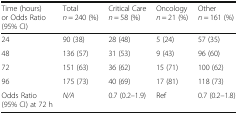
| Time (hours) or Odds Ratio (95% CI) | Totaln = 240 (%) | Critical Caren = 58 (%) | Oncologyn = 21 (%) | Othern = 161 (%) |
 | --- | --- | --- | --- | --- |
 | 24 | 90 (38) | 28 (48) | 5 (24) | 57 (35) |
 | 48 | 136 (57) | 31 (53) | 9 (43) | 96 (60) |
 | 72 | 151 (63) | 36 (62) | 15 (71) | 100 (62) |
 | 96 | 175 (73) | 40 (69) | 17 (81) | 118 (73) |
 | Odds Ratio (95% CI) at 72 h | N/A | 0.7 (0.2–1.9) | Ref | 0.7 (0.2–1.8) |